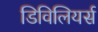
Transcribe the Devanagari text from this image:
डिविलियर्स